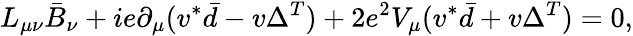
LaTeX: L_{\mu\nu}\bar{B}_{\nu}+ie\partial_{\mu}(v^{*}\bar{d}-v\Delta^{T})+2e^{2}V_{\mu}(v^{*}\bar{d}+v\Delta^{T})=0,